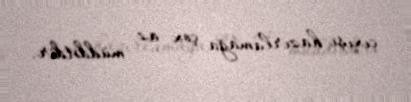
çıxışı hazırlamağa çox az müddətdir.